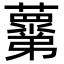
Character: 𧃣